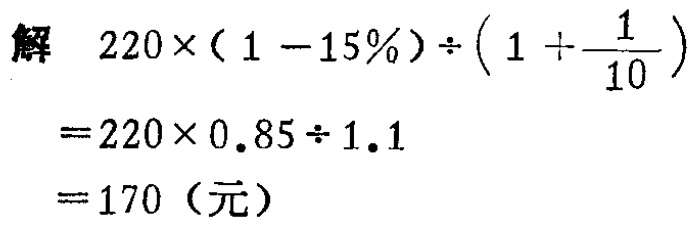
解 \(220\times(1 - 15\%)\div\left(1 + \dfrac{1}{10}\right)\)

\(=220\times0.85\div1.1\)

\(=170\)（元）